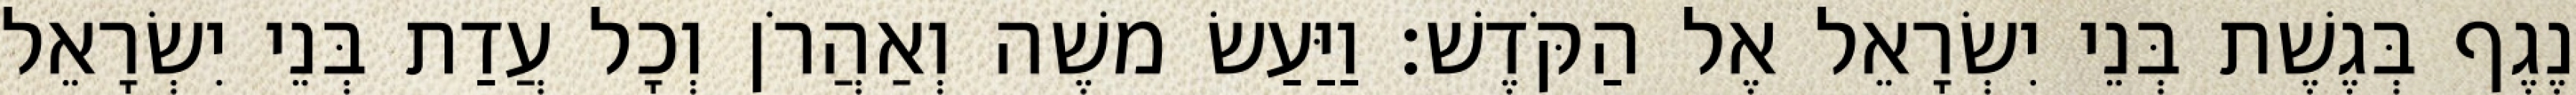
נֶגֶף בְּגֶשֶׁת בְּנֵי יִשְׂרָאֵל אֶל הַקֹּדֶשׁ׃ וַיַּעַשׂ משֶׁה וְאַהֲרֹן וְכָל עֲדַת בְּנֵי יִשְׂרָאֵל